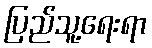
ပြည်သူ့ရေးရာ